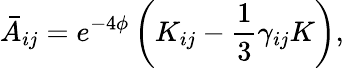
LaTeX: \bar{A}_{ij}=e^{-4\phi}\left(K_{ij}-\frac{1}{3}\gamma_{ij}K\right),